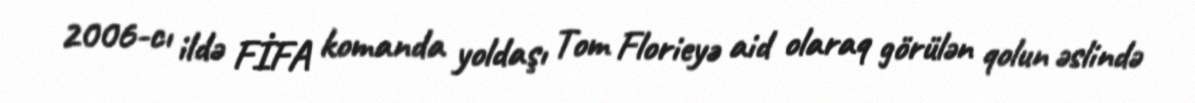
2006-cı ildə FİFA komanda yoldaşı Tom Florieyə aid olaraq görülən qolun əslində